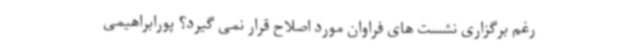
رغم برگزاری نشست های فراوان مورد اصلاح قرار نمی گیرد؟ پورابراهیمی